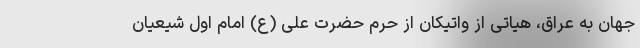
جهان به عراق، هیاتی از واتیکان از حرم حضرت علی (ع) امام اول شیعیان